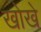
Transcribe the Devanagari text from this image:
खोखे